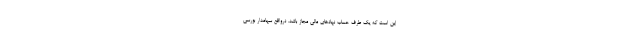
این است که یک طرف حساب نهادهای مالی مجاز باشد. درواقع سهامدار بورسی